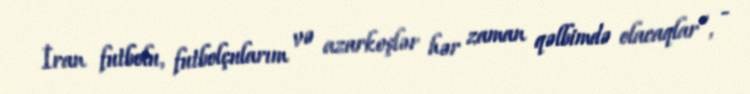
İran futbolu, futbolçularım və azarkeşlər hər zaman qəlbimdə olacaqlar”, -